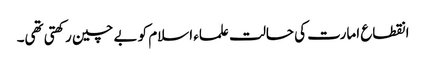
انقطاع امارت کی حالت علماء اسلام کو بے چین رکھتی تھی۔